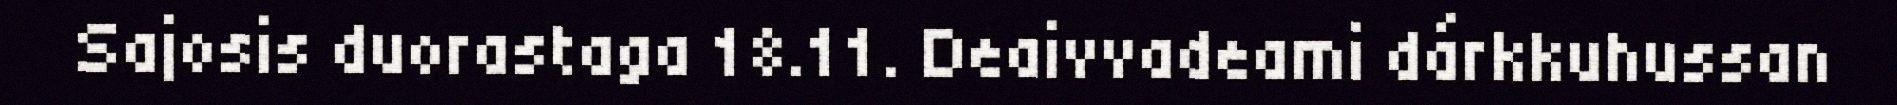
Sajosis duorastaga 18.11. Deaivvadeami dárkkuhussan